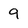
Character: 9